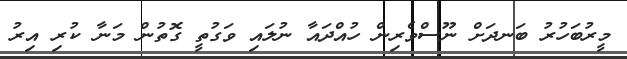
މީރުބަހުރު ބަނދަށް ނޫސްވެރިން ހުއްދައާ ނުލައި ވަގުތީ ގޮތުން މަނާ ކުރި އިރު